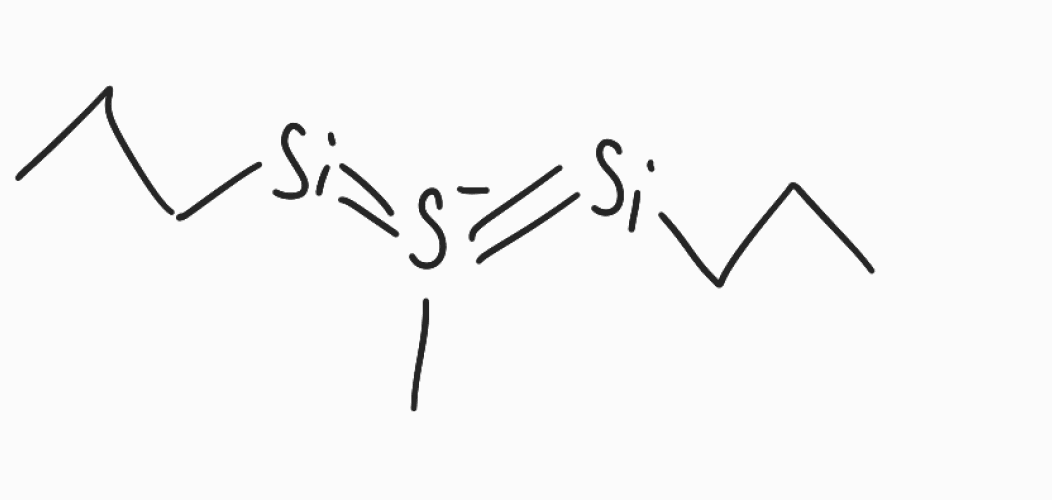
Simplified molecular-input line-entry system (SMILES) notation of the given molecule:
CCC[Si]=[S-](=[Si]CCC)C